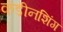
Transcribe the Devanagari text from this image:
कंडीनशिंग